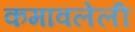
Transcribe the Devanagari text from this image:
कमावलेली